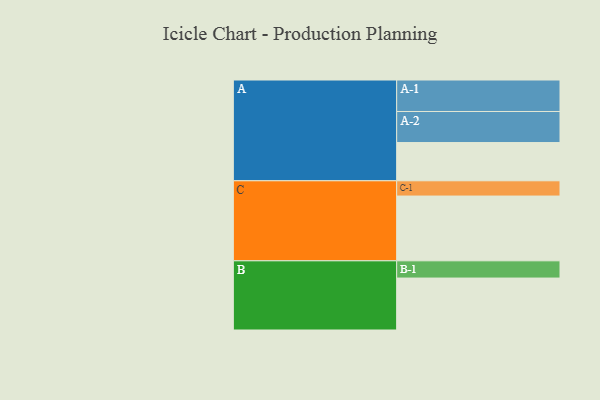
{"axis": {"x": "Segment", "y": "Value"}, "legend": ["", "A", "B", "C"], "data": [{"x": "A", "y": 346, "type": ""}, {"x": "B", "y": 470, "type": ""}, {"x": "C", "y": 586, "type": ""}, {"x": "A-1", "y": 285, "type": "A"}, {"x": "A-2", "y": 281, "type": "A"}, {"x": "B-1", "y": 156, "type": "B"}, {"x": "C-1", "y": 138, "type": "C"}]}